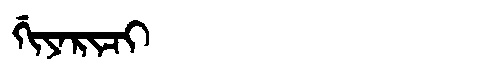
Manchu: ᡤᡳᠶᠠᡵᡳᠴᡳ
Romanization: GIYARICI